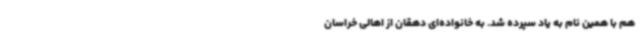
هم با همین نام به یاد سپرده شد. به خانواده‌ای دهقان از اهالی خراسان